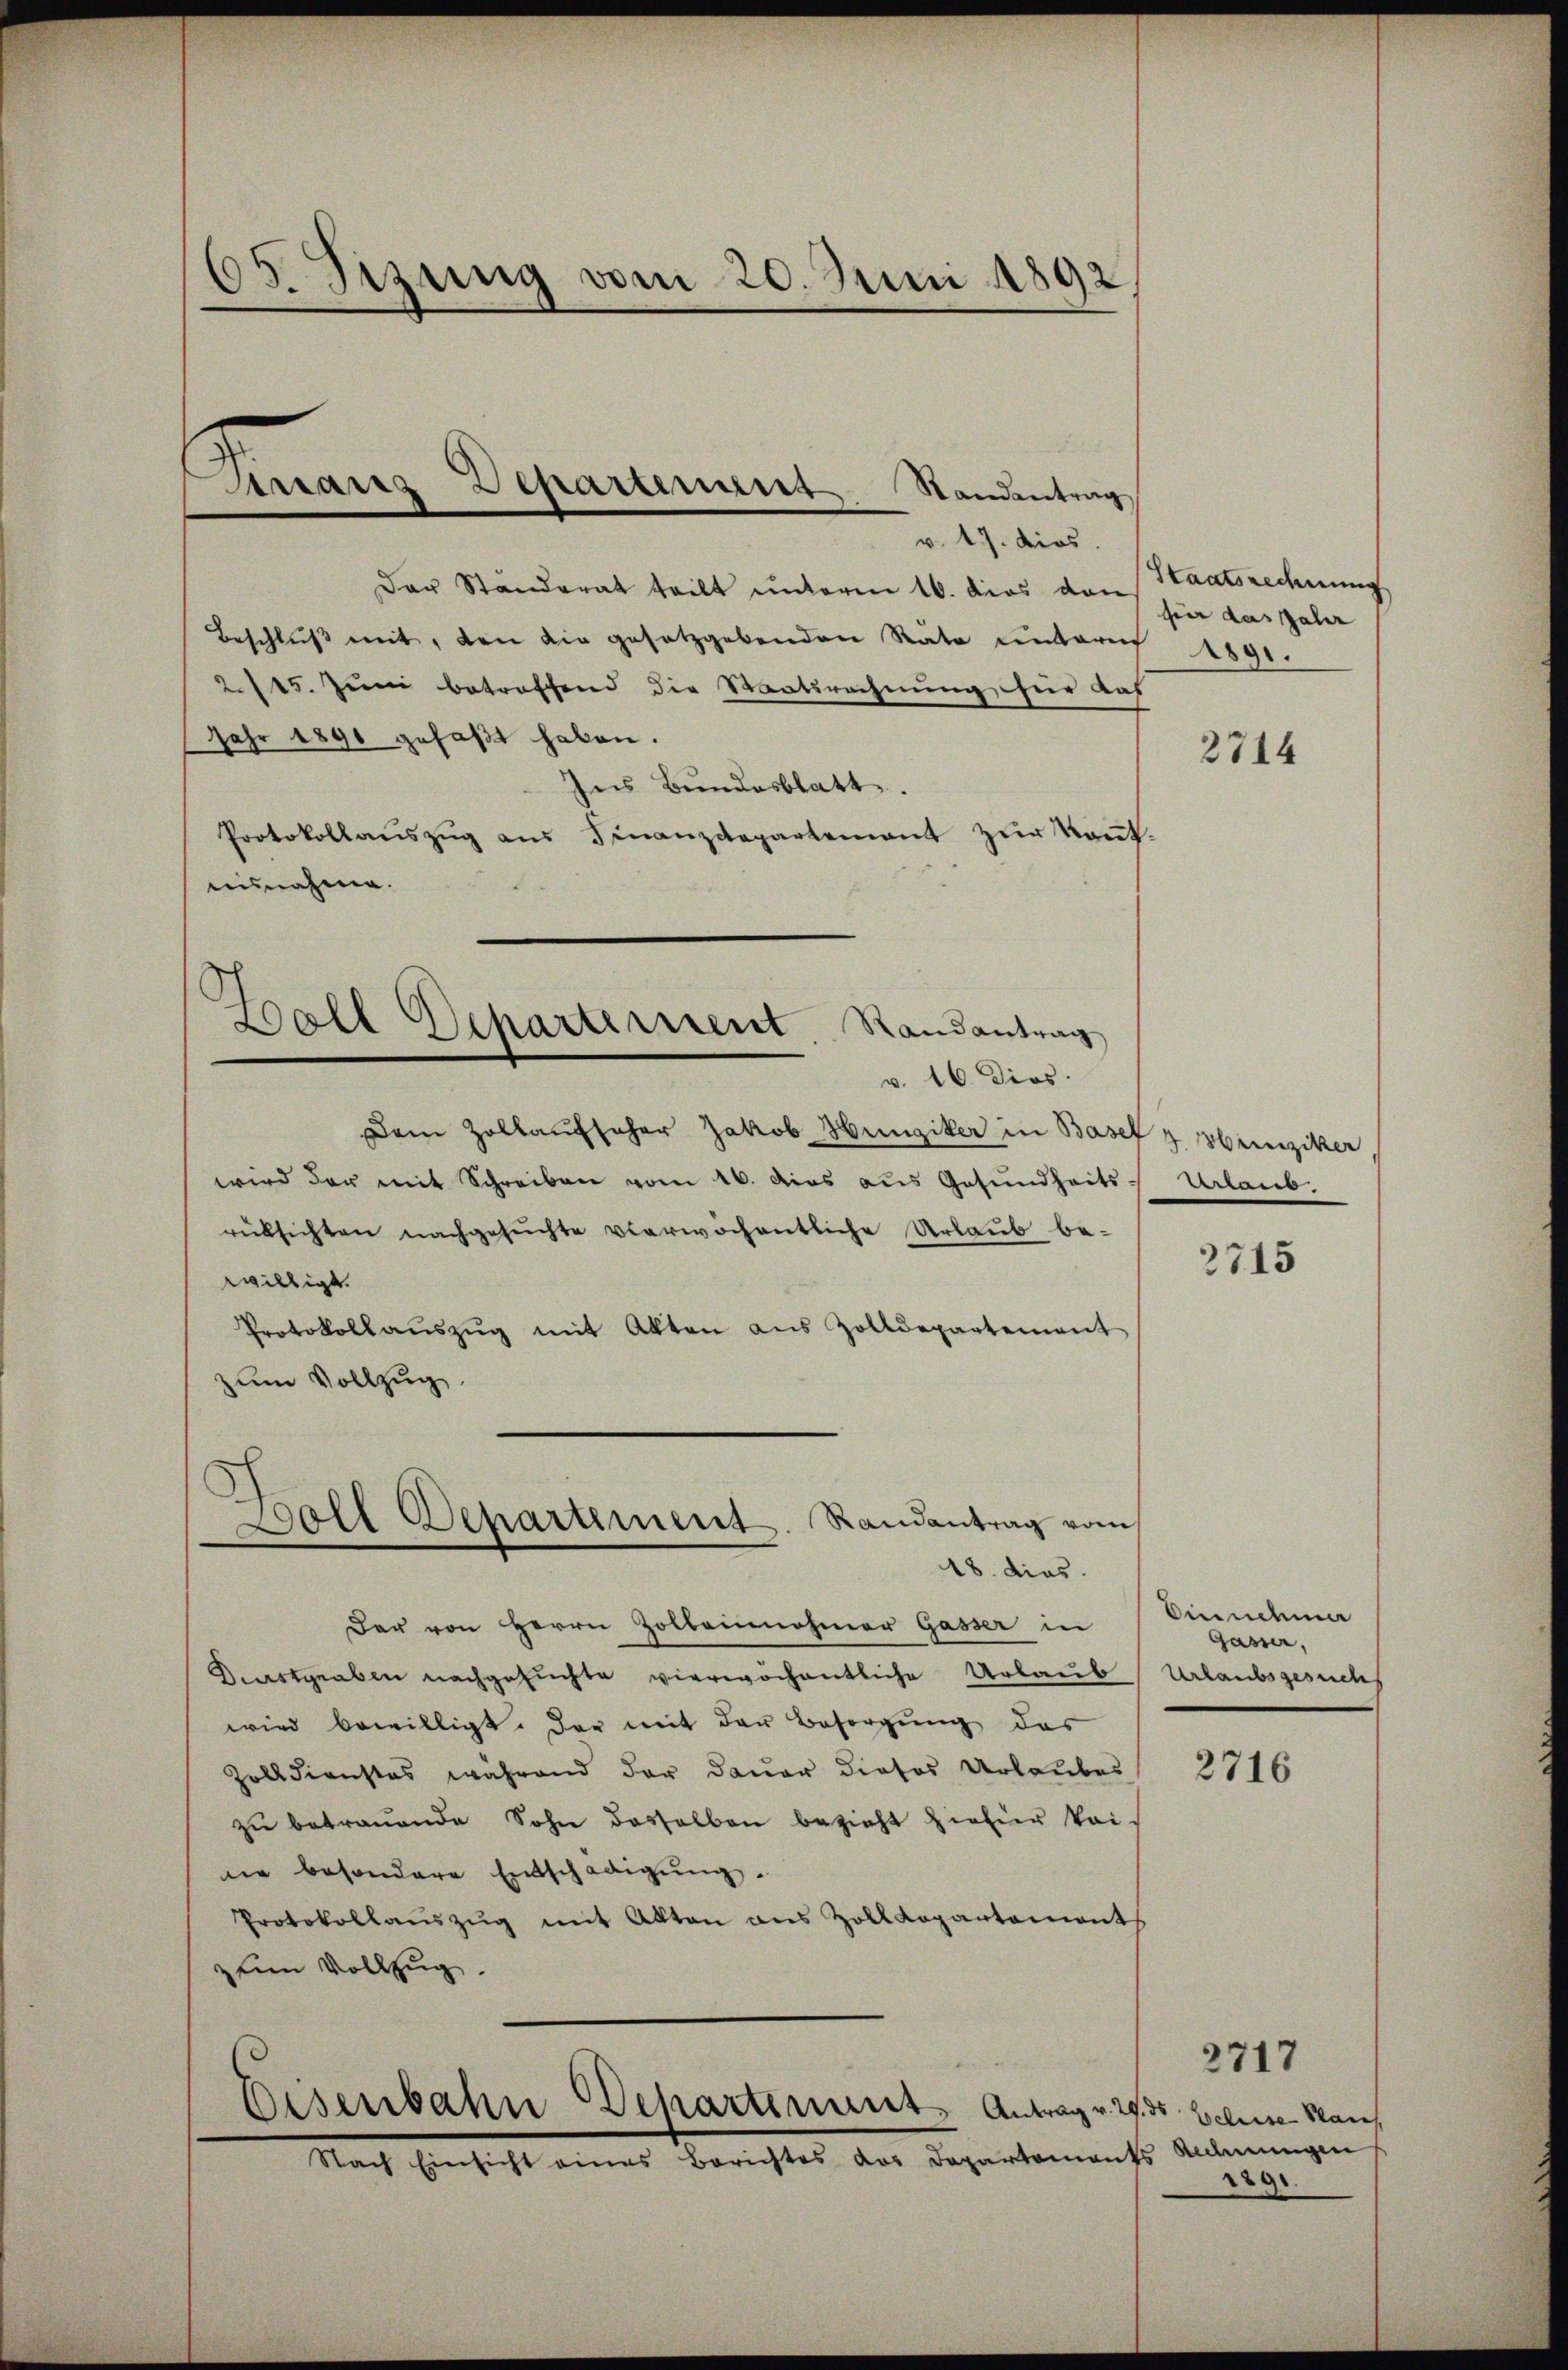
05. Sizung vom 20. Juni 1892

Anrains Departement Standentrag

Fall Separtement. Randantrag

v. 17. dies
Der Ständerat teilt unterm 16. dies dans Staatsrechnung
Beschluß mit, den die gesetzgebenden Räte untere
2115. Juni betreffend die Staatsrechnung für das
Jahr 1890 gefaßt haben.
Ins Bundesblatt.
Protokollaŭszŭg aŭs Finanzdepartement zŭr Kant.
ausnahme.
v. 16. Dios.
Dem Zollaufseher Jakob Hunziker in Basel z brinziker
wird der mit Schreiben vom 16. dies aŭs Gesŭndheits-Urlaub.
rücksichten nachgesuchte verwöchentliche Urlaub be-
willigt.
Protokollaŭszŭg mit Akten aus Zolldepartement
zum Vollzug
18. dies
Der von Herrn Zolbeinnahmer Gasser in
Bastgraben nachgesuchte vierwöchentliche Urlaub
wird bewilligt. Das mit der Besorgung des
Zolldienstes während der Dauer dieses Urlaubes
zŭ betrauende Sohn dasselben bezieht hiefür kai-
ie besondere Entschädigung.
Protokollaŭszŭg mit Akten aus Zolldepartement
zum Vollzug.

Goll Departement. Randantrag vom

Disenbahn Departenant Antrag v. 29. ds. beleise Haus

Nach Einsicht eines Berichtes das Departements Rechnungen

fier das Jahr
1891.

2714

2715

Einnehme
Gasser,
Urlaubsgesuchs

2716

2717

2890.